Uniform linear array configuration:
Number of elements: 64
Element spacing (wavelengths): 0.25
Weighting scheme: blackman
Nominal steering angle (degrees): -60
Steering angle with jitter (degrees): -61.015
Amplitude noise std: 0.05
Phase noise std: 0.05

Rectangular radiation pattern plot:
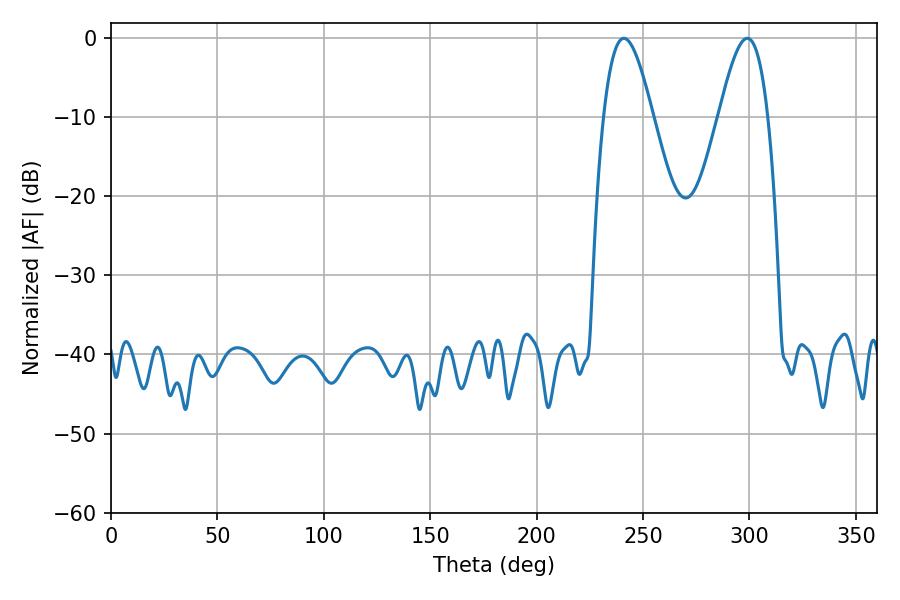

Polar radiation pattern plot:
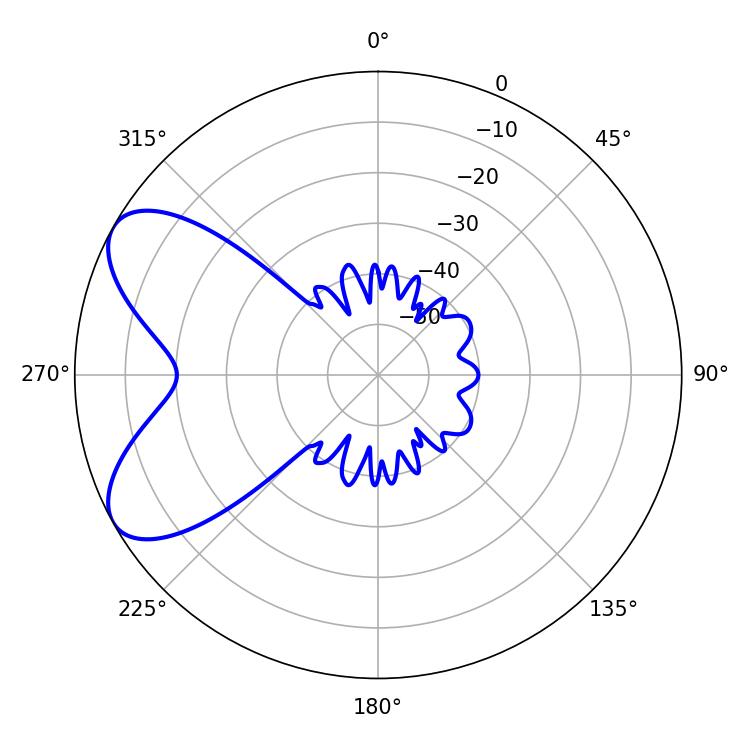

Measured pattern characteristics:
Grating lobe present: FALSE
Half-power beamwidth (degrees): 12.42
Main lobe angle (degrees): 298.98